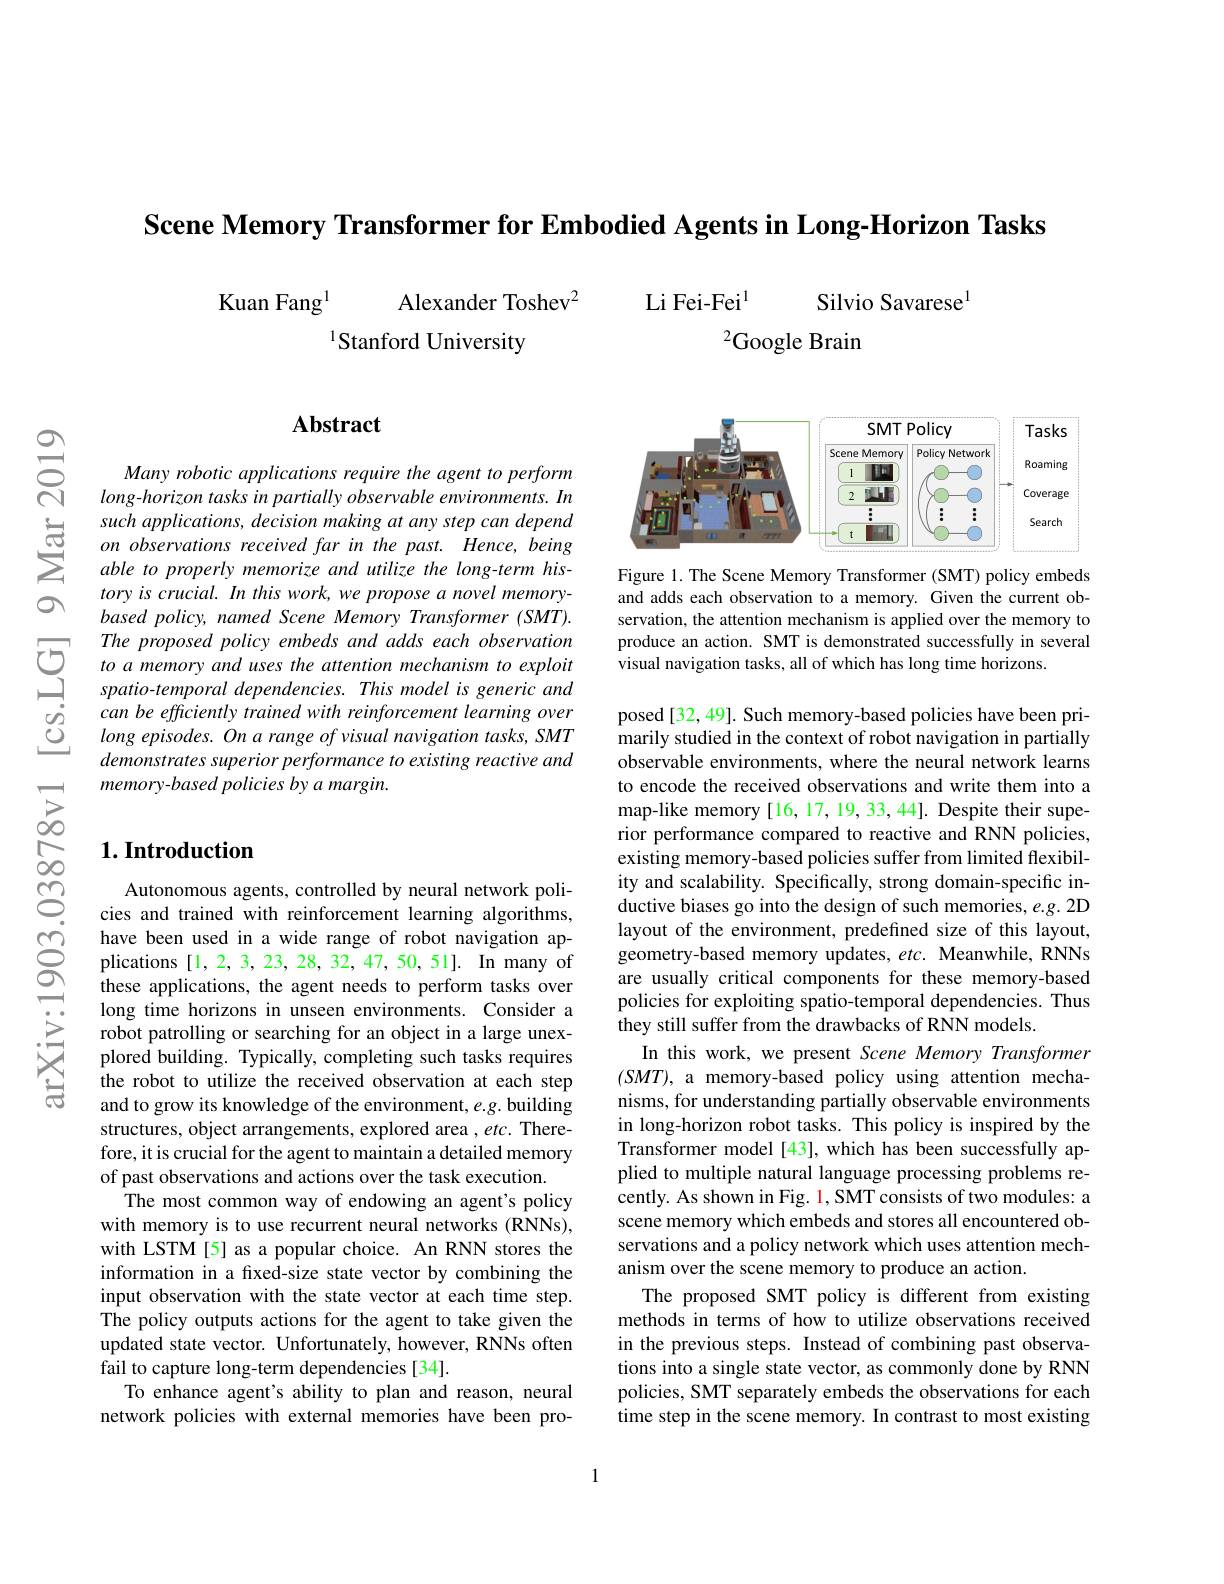
Scene Memory Transformer for Embodied Agents in Long-Horizon Tasks

Alexander Toshev$^{2}$
Kuan Fang$^{1}$
1Stanford University

$\mathrm{Li~Fei-Fei}^{1}$
Silvio Savarese$^{1}$
$^{2}$Google Brain

## $\mathbf{Abstract}$

Many robotic applications require the agent to perform long-horizon tasks in partially observable environments. In such applications, decision on observations received far in the past. Hence, being able to properly memorize an $toryiscrucial.Inthiswork,weproposeanovelmemory-$ based policy, named Scene Memory Transformer (SMT). The proposed policy embeds and adds each observation
$\begin{array}{cc}{&The\:proposed\:policy\:embeds\:and\:adds\:each\:observation\\{\textcircled{\daleth}}}&{to\:a\:memory\:and\:uses\:the\:attention\:mechanism\:to\:exploit\\{\Large\sum}&{spatio-temporal\:dependencies.\:This\:model\:is\:generic\:and}\\{\varvdots}&{can\:be\:efficiently\:trained\:with\:reinforcement\:learning\:over\end{array}$
long episodes. On a range of visual navigation tasks, SMT demonstrates superior performance to existing reactive and memory-based policies by a margin.

## $1. \textbf{Introduction}$

Autonomous agents, controlle cies and trained with reinforcement learning algorithms, have been used in a wide ran plications [1,2,3,23,28,32,47,50,51]. In many of these applications, the agent needs to perform tasks over long time horizons in unseen environments. Consider a robot patrolling or searchin plored building. Typically, completing such tasks requires $\hat{\text{the robot to utilize the received observation at each step}}$ and to grow its knowledge of structures, object arrangements, explored area $,etc.$ Therefore, it is crucial for the of past observations and actions over the task execution.
The most common way of endowing an agent's policy with memory is to use recurrent neural networks (RNNs), with LSTM[5] as a popular choice. An RNN stores the information in a fixed-size state vector by combining the input observation with the s The policy outputs actions for the agent to take given the updated state vector. Unfortunately, however, RNNs often fail to capture long-term dependencies [34].
To enhance agent's ability to plan and reason, neural network policies with external memories have been pro-

<FigureHere>

Figure 1. The Scene Memory Transformer (SMT) policy embeds and adds each observation to a memory. Given the current observation, the attention mechanism is applied over the memory to produce an action. SMT is de visual navigation tasks, all of which has long time horizons.

posed[32,49]. Such memory-based policies have been primarily studied in the context of robot navigation in partially observable environments, where the neural network learns to encode the received observations and write them into a map-like memory [16,17,19,33,44]. Despite their superior performance compared to existing memory-based policies suffer from limited flexibility and scalability. Specifi ductive biases go into the design of such memories, e.g. 2D layout of the environment, predefined size of this layout, geometry-based memory updates, etc. Meanwhile, RNNs are usually critical components for these memory-based policies for exploiting spatio-temporal dependencies. Thus they still suffer from the drawbacks of RNN models
In this work, we present Scene Memory Transformer $(SMT)$, a memory-based policy using attention mechanisms, for understanding partially observable environments in long-horizon robot tasks. This policy is inspired by the $\tilde{\text{Transformer model[43],which has been successfully ap-}}$ plied to multiple natural language processing problems recently. As shown in Fig. 1, SMT consists of two modules: a scene memory which embeds and stores all encountered observations and a policy netw anism over the scene memory to produce an action.
The proposed SMT policy is different from existing methods in terms of how to utilize observations received in the previous steps. Instead of combining past observations into a single state vector, as commonly done by RNN policies, SMT separately embeds the observations for each time step in the scene memory. In contrast to most existing

1